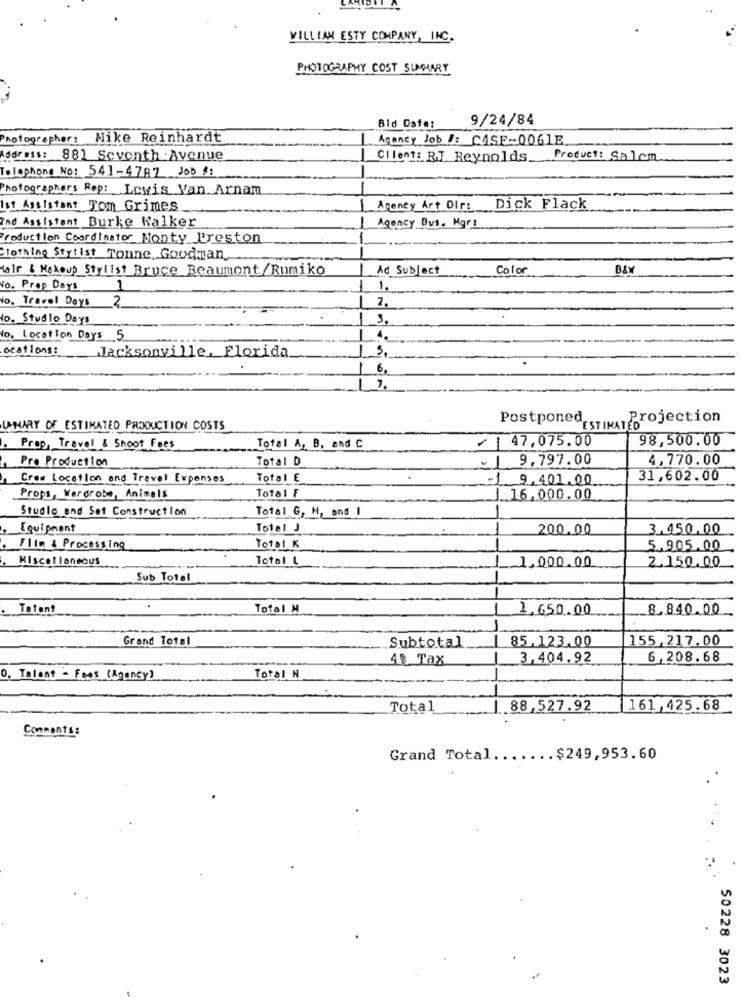
VILLIAN ESTY COMPANY, INC.
PHOTOGRAPHY COST SUMMARY
9/24/84
Bid Date:
Photographer: Nike Reinhardt
Agancy Job /: CASE-0061E
Address: 881 Seventh Avenue
Client: RJ Reynolds Product: Salcm
Telephone No: 541-4787 Job !:
Photographers Rep: Lewis Van Arnam
Ist Assistant Tom Grimes
Agency Art Dir: Dick Flack
And Assistant Burke Walker
Agency Bus. Mgr1
Production Coordinator Nonty Preston
Clothing Stylist Tonne, Goodman.
Hair & Makeup Stylist Bruce Beaumont/Rumiko
Ad Subject
Color
BAY
Vo. Prop Days
1
1,
No. Travel Days
2
2.
to. Studio Days
3.
No, Location Days 5
4.
ocations: Jacksonville, Florida
6,
Postponed.
"ESTIMAT Projection
LAMARY OF ESTIMATED PRODUCTION COSTS
/ 1 47.075.00
98,500.00
Prop, Traval & Shoot Fees
Total A, B, and C
Pro Production
Total D
9.797.00
4,770.00
Crew Location and Travel Expenses
Total E
-1
9,401.00
31,602.00
Total F
Props, Wardrobe, Animals
16.000.00
Studio and Set Construction
Total G, H, and I
Equipment
Total J
200.00
3.450,00
Flin & Processing
Total K
5.905.00
Kiscotlaneous
Total L
1.000.00
2.150.00
Sub Total
Tatant
Total H
1,650.00
8,840.00
Grand Total
Subtotal
85.123.00
155,217.00
48 Tax
3,404.92
6,208.68
0. Talent - Foos (Agancy)
Total H
Total
88,527.92
161,425.68
Comments:
Grand Total ....... $249,953.60
.
50228 3023